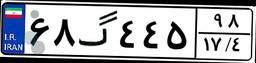
۶۸گ۴۴۵۹۸